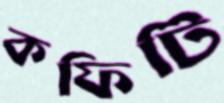
কফিটি